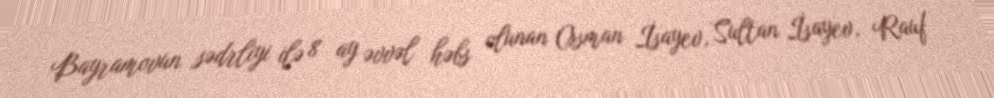
Bayramovun sədrliyi ilə 8 ay əvvəl həbs olunan Osman İsayev, Sultan İsayev, Rauf